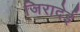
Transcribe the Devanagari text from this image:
जिरादेई